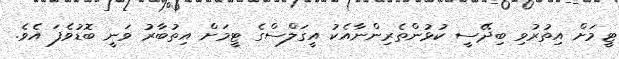
ޓީމަށް އިތުރުވި ބިދޭސީ ކުޅުންތެރިންނާއެކު އީގަލްސްގެ ޓީމަށް އިތުބާރު ވަނީ ބޮޑުވެފަ އެވެ.